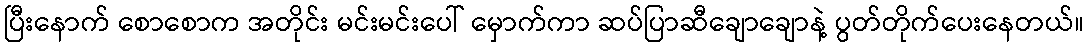
ပြီးနောက် စောစောက အတိုင်း မင်းမင်းပေါ် မှောက်ကာ ဆပ်ပြာဆီချောချောနဲ့ ပွတ်တိုက်ပေးနေတယ်။